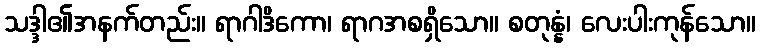
သဒ္ဒါ၏အနက်တည်း။ ရာဂါဒိကော၊ ရာဂအစရှိသော။ စတုန္နံ၊ လေးပါးကုန်သော။